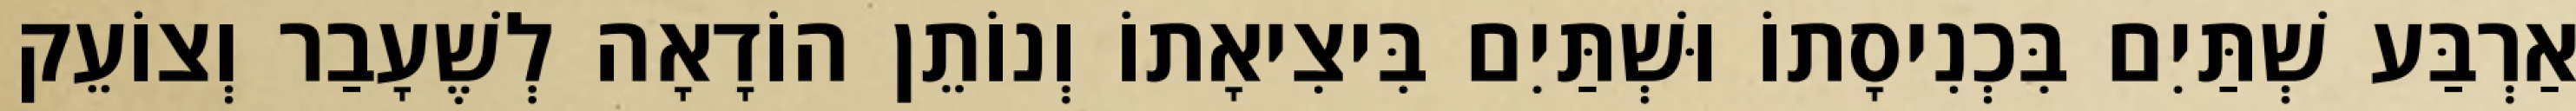
אַרְבַּע שְׁתַּיִם בִּכְנִיסָתוֹ וּשְׁתַּיִם בִּיצִיאָתוֹ וְנוֹתֵן הוֹדָאָה לְשֶׁעָבַר וְצוֹעֵק